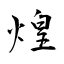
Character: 煌